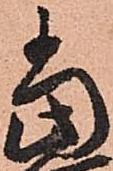
當